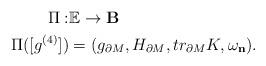
LaTeX: \begin{align*} \Pi:&\mathbb E\rightarrow\mathbf B\\ \Pi([g^{(4)}])&=(g_{\partial M},H_{\partial M},tr_{\partial M}K,\omega_{\mathbf n}).\end{align*}